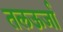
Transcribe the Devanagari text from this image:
तलऊर्जा